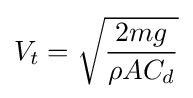
V_{t}={\sqrt {\frac {2mg}{\rho AC_{d}}}}